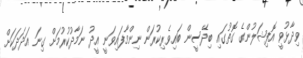
ވިދާޅުވީ އޮފިޝަލުންގެ ގޮތުގައި ބިދޭސީން ބައިވެރިކުރަން ނިންމާފައިވަނީ އީދު ނަމާދުކުރުމަށް ގިނަ އަދަދަކަށް